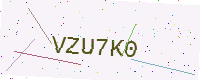
Text: VZU7K0